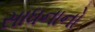
સાધનાનો